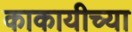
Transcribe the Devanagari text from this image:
काकायीच्या